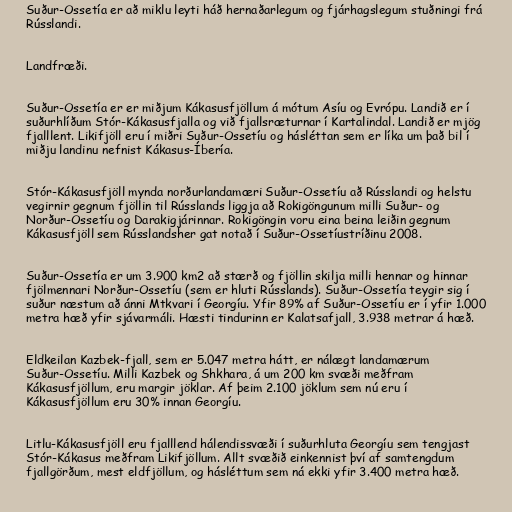
Suður-Ossetía er að miklu leyti háð hernaðarlegum og fjárhagslegum stuðningi frá
Rússlandi.

Landfræði.

Suður-Ossetía er er miðjum Kákasusfjöllum á mótum Asíu og Evrópu. Landið er í
suðurhlíðum Stór-Kákasusfjalla og við fjallsræturnar í Kartalindal. Landið er mjög
fjalllent. Likifjöll eru í miðri Suður-Ossetíu og hásléttan sem er líka um það bil í
miðju landinu nefnist Kákasus-Íbería.

Stór-Kákasusfjöll mynda norðurlandamæri Suður-Ossetíu að Rússlandi og helstu
vegirnir gegnum fjöllin til Rússlands liggja að Rokigöngunum milli Suður- og
Norður-Ossetíu og Darakigjárinnar. Rokigöngin voru eina beina leiðin gegnum
Kákasusfjöll sem Rússlandsher gat notað í Suður-Ossetíustríðinu 2008.

Suður-Ossetía er um 3.900 km2 að stærð og fjöllin skilja milli hennar og hinnar
fjölmennari Norður-Ossetíu (sem er hluti Rússlands). Suður-Ossetía teygir sig í
suður næstum að ánni Mtkvari í Georgíu. Yfir 89% af Suður-Ossetíu er í yfir 1.000
metra hæð yfir sjávarmáli. Hæsti tindurinn er Kalatsafjall, 3.938 metrar á hæð.

Eldkeilan Kazbek-fjall, sem er 5.047 metra hátt, er nálægt landamærum
Suður-Ossetíu. Milli Kazbek og Shkhara, á um 200 km svæði meðfram
Kákasusfjöllum, eru margir jöklar. Af þeim 2.100 jöklum sem nú eru í
Kákasusfjöllum eru 30% innan Georgíu.

Litlu-Kákasusfjöll eru fjalllend hálendissvæði í suðurhluta Georgíu sem tengjast
Stór-Kákasus meðfram Likifjöllum. Allt svæðið einkennist því af samtengdum
fjallgörðum, mest eldfjöllum, og hásléttum sem ná ekki yfir 3.400 metra hæð.